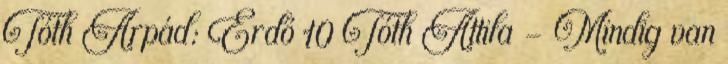
Tóth Árpád: Erdő 10 Tóth Attila - Mindig van